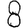
Digit: 8